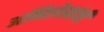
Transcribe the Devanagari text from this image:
अभिलेखांची